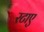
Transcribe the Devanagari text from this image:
रटाए